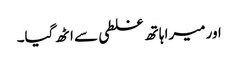
اور میرا ہاتھ غلطی سے اٹھ گیا۔